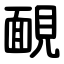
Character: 靦